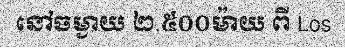
នៅចម្ងាយ ២.៥០០ម៉ាយ ពី Los